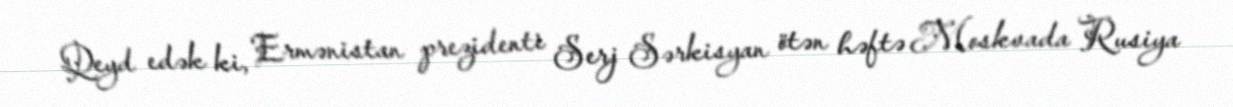
Qeyd edək ki, Ermənistan prezidenti Serj Sərkisyan ötən həftə Moskvada Rusiya